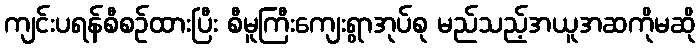
ကျင်းပရန်စီစဉ်ထားပြီး စီမူကြီးကျေးရွာအုပ်စု မည်သည့်အယူအဆကိုမဆို